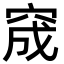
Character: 窚